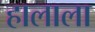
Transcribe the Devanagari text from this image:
हालाला